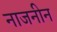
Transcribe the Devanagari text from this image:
नाजनीन